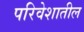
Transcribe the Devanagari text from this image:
परिवेशातील